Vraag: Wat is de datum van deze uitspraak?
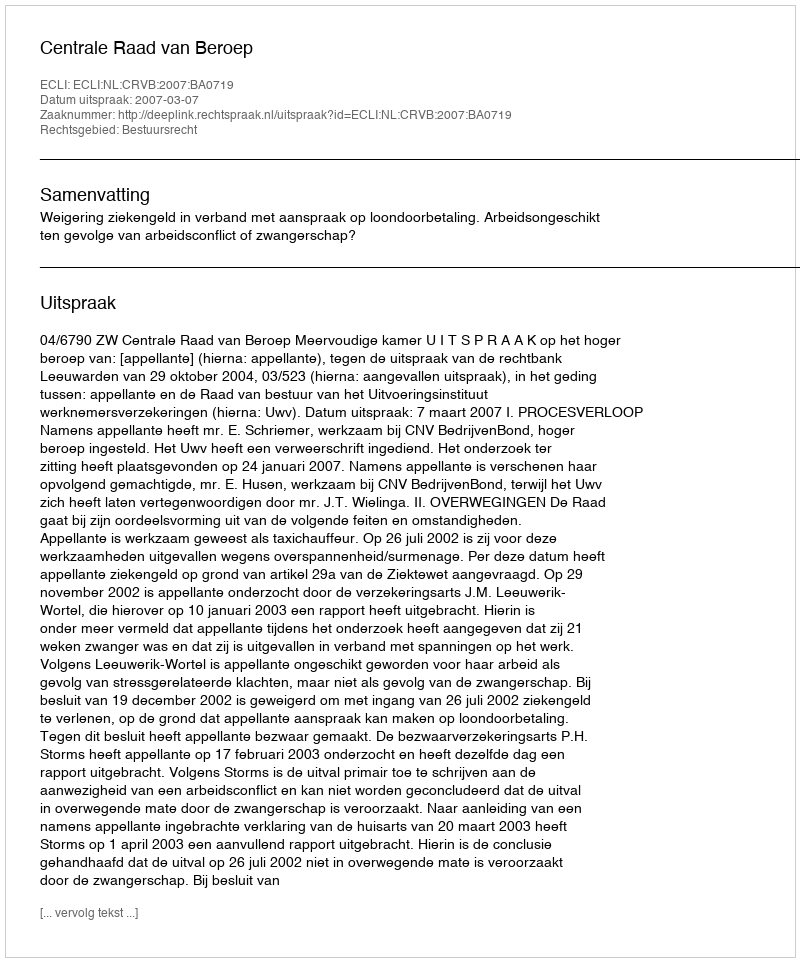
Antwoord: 2007-03-07